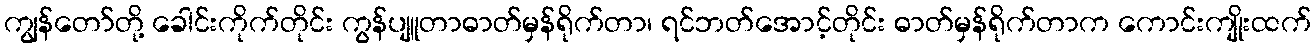
ကျွန်တော်တို့ ခေါင်းကိုက်တိုင်း ကွန်ပျူတာဓာတ်မှန်ရိုက်တာ၊ ရင်ဘတ်အောင့်တိုင်း ဓာတ်မှန်ရိုက်တာက ကောင်းကျိုးထက်